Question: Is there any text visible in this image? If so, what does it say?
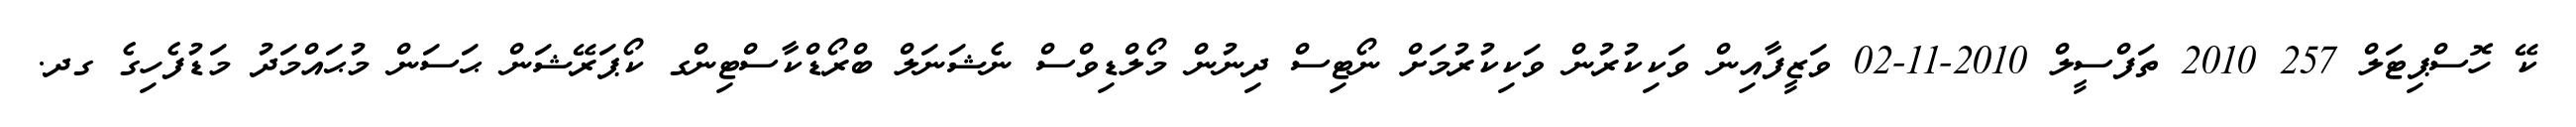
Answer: ކޭ ހޮސްޕިޓަލް 257 2010 ތަފްސީލް 2010-11-02 ވަޒީފާއިން ވަކިކުރުން ވަކިކުރުމަށް ނޯޓިސް ދިނުން މޯލްޑިވްސް ނެޝަނަލް ބްރޯޑްކާސްޓިންގ ކޯޕަރޭޝަން ޙަސަން މުޙައްމަދު މަޑުފެހިގެ ގދ.